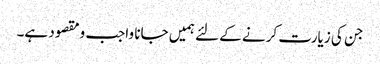
جن کی زیارت کرنے کے لئے ہمیں جانا واجب ومقصود ہے۔